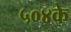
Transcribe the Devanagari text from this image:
५०४के